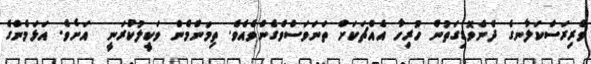
ވެރިރަސްކަލާނގެ ދެނެވޮޑިގަތުން ހުރިހާ އެއްޗަކަށް ތަނަވަސްވެގެންވެއެވެ. ތިމަންމެން ވަކީލުކުރަނީ  އަށެވެ. އަޅަމެންގެ